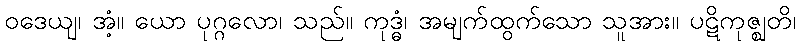
ဝဒေယျ၊ အံ့။ ယော ပုဂ္ဂလော၊ သည်။ ကုဒ္ဓံ၊ အမျက်ထွက်သော သူအား။ ပဋိကုဇ္ဈတိ၊